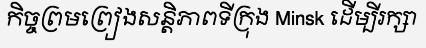
កិច្ចព្រមព្រៀងសន្តិភាពទីក្រុង Minsk ដើម្បីរក្សា